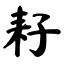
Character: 耔